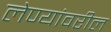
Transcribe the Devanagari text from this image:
लेण्यांवरील